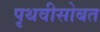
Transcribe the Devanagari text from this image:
पृथवीसोबत